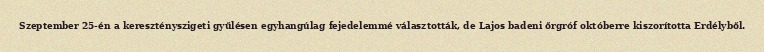
Szeptember 25-én a keresztényszigeti gyűlésen egyhangúlag fejedelemmé választották, de Lajos badeni őrgróf októberre kiszorította Erdélyből.